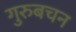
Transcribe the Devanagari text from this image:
गुरुबचन